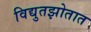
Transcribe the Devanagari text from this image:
विद्युतझोतात